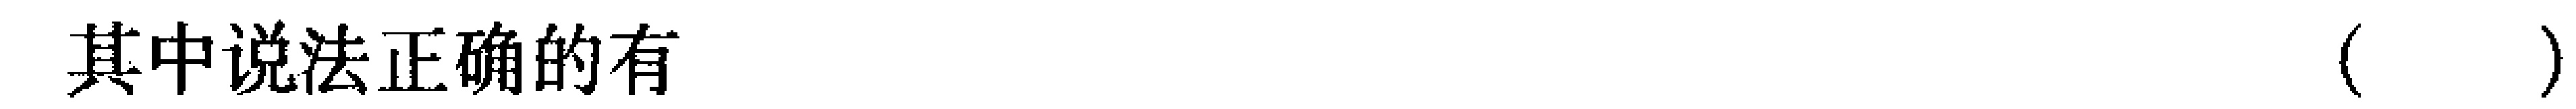
其中说法正确的有（  ）